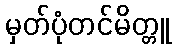
မှတ်ပုံတင်မိတ္တူ